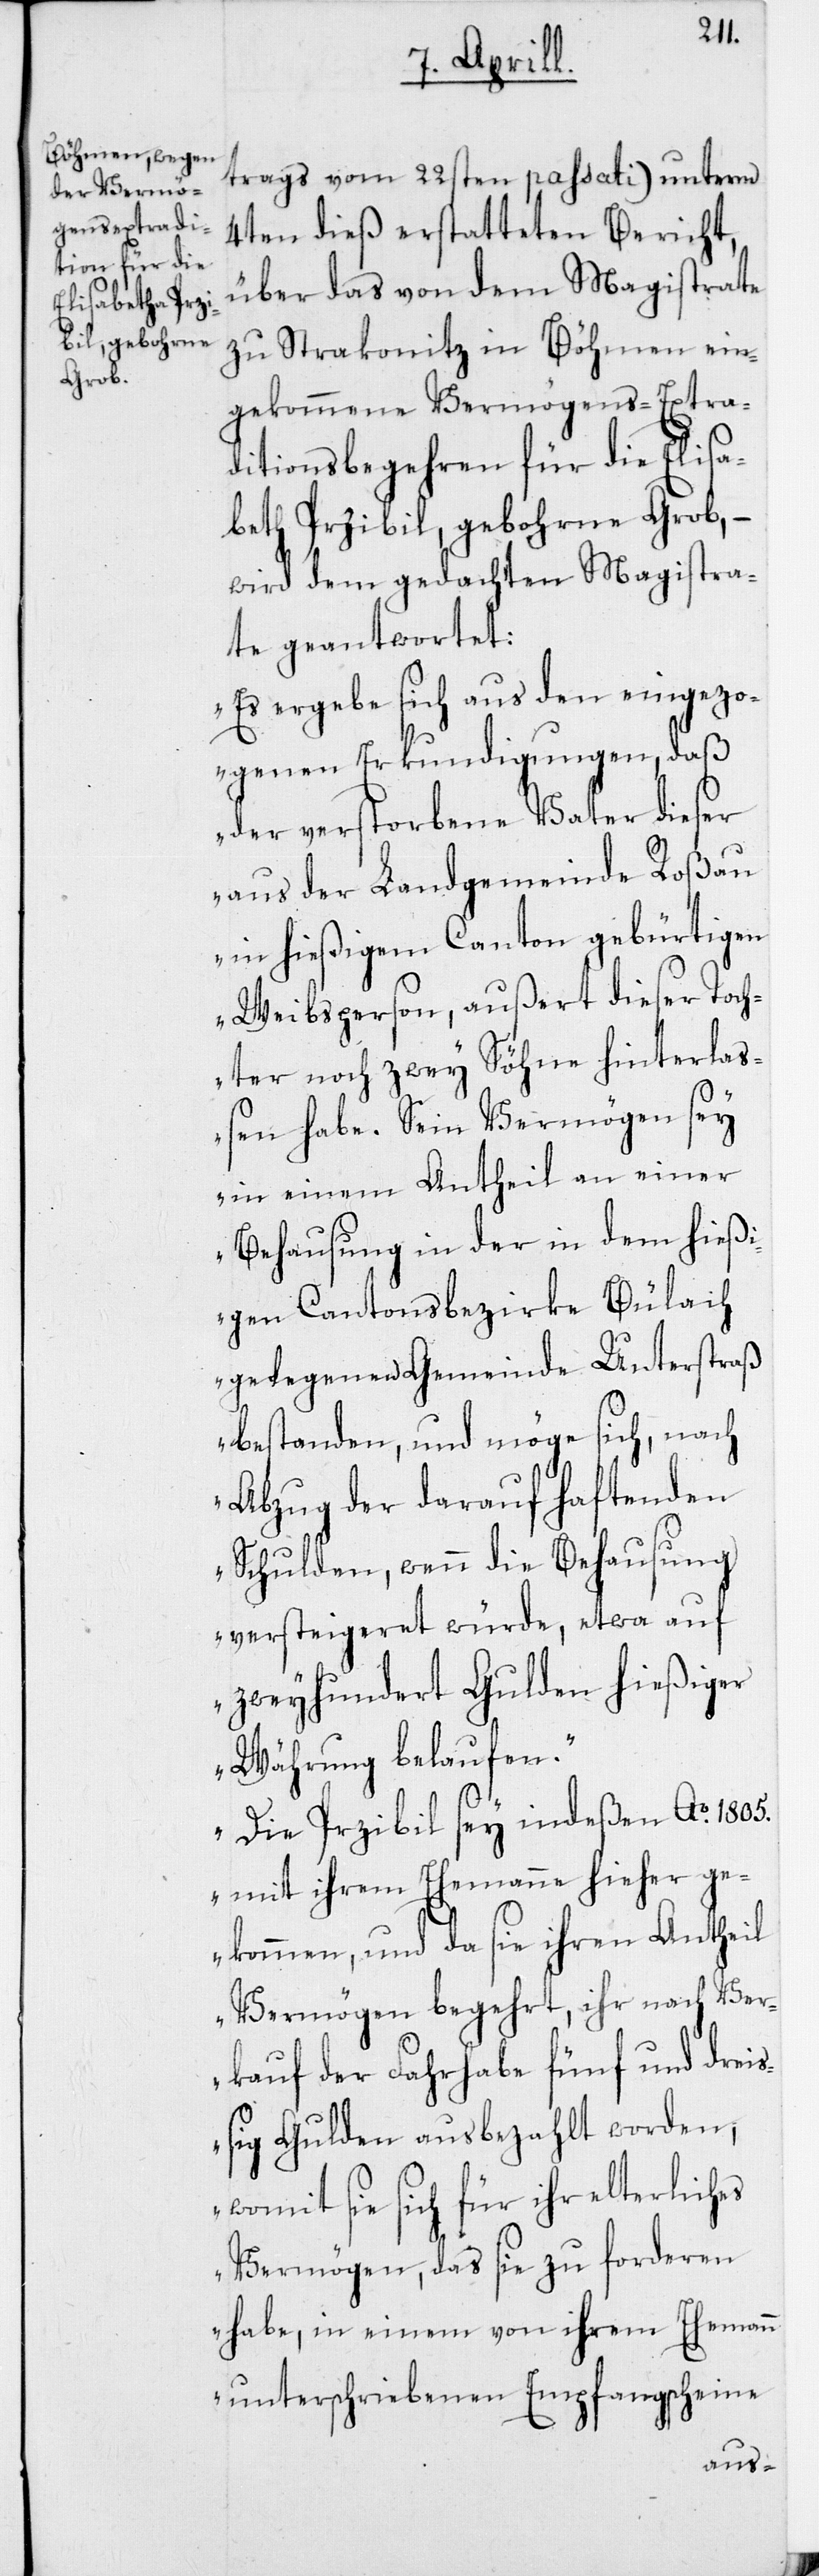
trags vom 22sten passati) unterm
4ten dieß erstatteten Bericht,
über das von dem Magistrate
zu Strakonitz in Böhmen ein¬
gekommene Vermögens-Extra¬
ditionsbegehren für die Elisa¬
beth Przibil, gebohrne Grob, –
wird dem gedachten Magistra¬
te geantwortet:
„Es ergebe sich aus den eingezo¬
genen Erkundigungen, daß
der verstorbene Vater dieser
aus der Landgemeinde Roßau
in hießigem Canton gebürtigen
Weibsperson, außert dieser Toch¬
ter noch zwey Söhne hinterlaß¬
en habe. Sein Vermögen sey
in einem Antheil an einer
Behausung in der in dem hieß¬
igen Cantonsbezirke Bülach
gelegenen Gemeinde Unterstraß
bestanden, und möge sich, nach
Abzug der darauf haftenden
Schulden, wenn die Behausung
versteigeret würde, etwa auf
zweyhundert Gulden hießiger
Währung belaufen.
Die Przibil sey indeßen Ao 1805.
mit ihrem Ehemanne hieher ge¬
kommen, und da sie ihren Antheil
Vermögen begehrt, ihr nach Ver¬
kauf der Fahrhabe fünf und dreiß¬
ig Gulden ausbezahlt worden,
womit sie sich für ihr elterliches
Vermögen, das sie zu forderen
habe, in einem von ihrem Ehemann
unterschriebenen Empfangsscheine